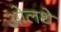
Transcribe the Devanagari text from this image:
ओलथे